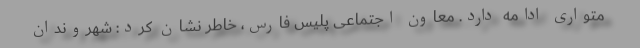
متواری ادامه دارد. معاون اجتماعی پلیس فارس، خاطر نشان کرد: شهروندان